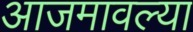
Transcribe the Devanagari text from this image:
आजमावल्या